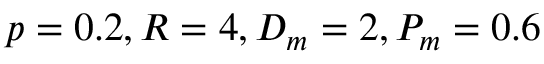
p = 0 . 2 , R = 4 , D _ { m } = 2 , P _ { m } = 0 . 6